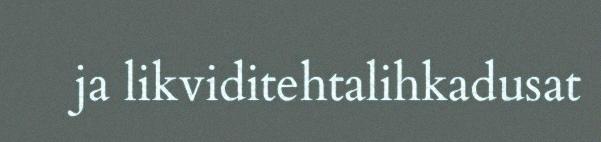
ja likviditehtalihkadusat